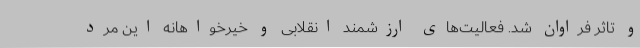
و تاثر فراوان شد. فعالیت‌های ارزشمند انقلابی و خیرخواهانه این مرد